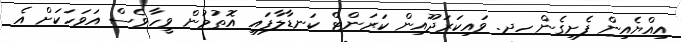
އިއްޔެއިން ފެށިގެން ހދ. ވައިކަރަދޫއިން ކަރަންޓް ކަނޑާލާފައި އޮތުމުން ވީހާވެސް އަވަހަކަށް އެ